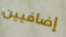
إضافيين